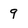
Character: 9